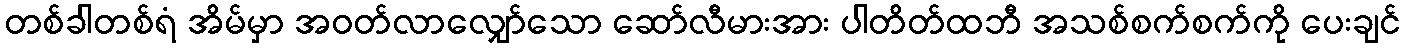
တစ်ခါတစ်ရံ အိမ်မှာ အဝတ်လာလျှော်သော ဆော်လီမားအား ပါတိတ်ထဘီ အသစ်စက်စက်ကို ပေးချင်